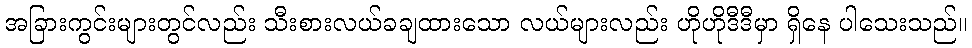
အခြားကွင်းများတွင်လည်း သီးစားလယ်ခချထားသော လယ်များလည်း ဟိုဟိုဒီဒီမှာ ရှိနေ ပါသေးသည်။